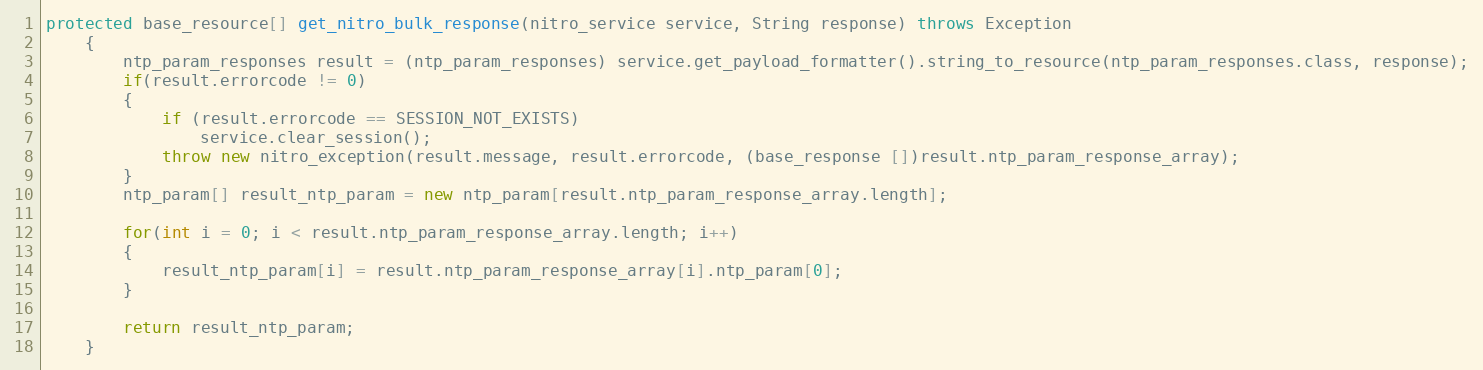
Language: Java
protected base_resource[] get_nitro_bulk_response(nitro_service service, String response) throws Exception
	{
		ntp_param_responses result = (ntp_param_responses) service.get_payload_formatter().string_to_resource(ntp_param_responses.class, response);
		if(result.errorcode != 0)
		{
			if (result.errorcode == SESSION_NOT_EXISTS)
				service.clear_session();
			throw new nitro_exception(result.message, result.errorcode, (base_response [])result.ntp_param_response_array);
		}
		ntp_param[] result_ntp_param = new ntp_param[result.ntp_param_response_array.length];

		for(int i = 0; i < result.ntp_param_response_array.length; i++)
		{
			result_ntp_param[i] = result.ntp_param_response_array[i].ntp_param[0];
		}

		return result_ntp_param;
	}